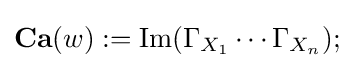
\mathbf {Ca} (w):=\mathrm {Im} (\Gamma _{X_{1}}\cdots \Gamma _{X_{n}});